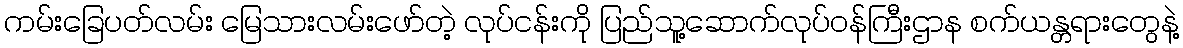
ကမ်းခြေပတ်လမ်း မြေသားလမ်းဖော်တဲ့ လုပ်ငန်းကို ပြည်သူ့ဆောက်လုပ်ဝန်ကြီးဌာန စက်ယန္တရားတွေနဲ့